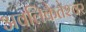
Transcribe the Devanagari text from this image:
अवलिकेतेश्‍वर